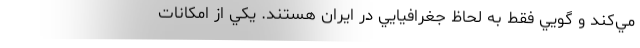
مي‌كند و گويي فقط به لحاظ جغرافيايي در ايران هستند. يكي از امكانات